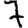
Digit: 7